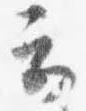
云